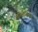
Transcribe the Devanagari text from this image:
लॅप्लेसियन